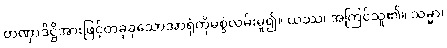
တဏှာဒိဋ္ဌိအားဖြင့်တခုခုသောအာရုံကိုမစွဲလမ်းမူ၍။ ယဿ၊ အကြင်သူ၏။ သမ္မာ၊